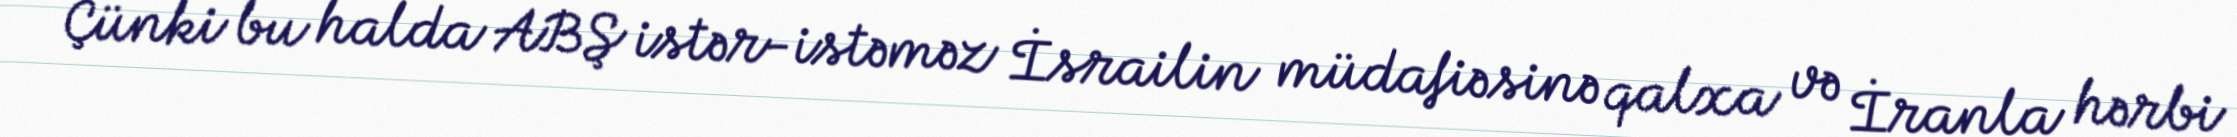
Çünki bu halda ABŞ istər-istəməz İsrailin müdafiəsinə qalxa və İranla hərbi